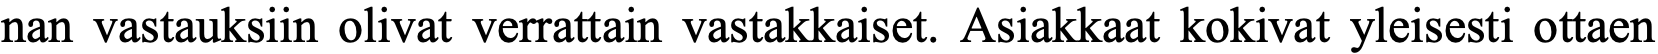
nan vastauksiin olivat verrattain vastakkaiset. Asiakkaat kokivat yleisesti ottaen